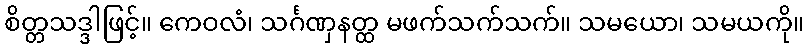
စိတ္တသဒ္ဒါဖြင့်။ ကေဝလံ၊ သင်္ဂဏှနတ္ထ မဖက်သက်သက်။ သမယော၊ သမယကို။